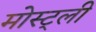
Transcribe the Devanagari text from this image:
मोस्ट्ली